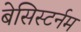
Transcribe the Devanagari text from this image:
बेसिस्टर्नम